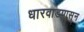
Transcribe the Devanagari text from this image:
धारवाडपासून